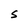
Character: S